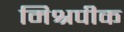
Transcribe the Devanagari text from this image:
मिश्रपीक